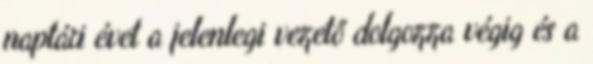
naptári évet a jelenlegi vezető dolgozza végig és a